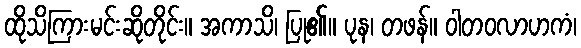
ထိုသိကြားမင်းဆိုတိုင်း။ အကာသိ၊ ပြု၏။ ပုန၊ တဖန်။ ဝါတဝလာဟကံ၊